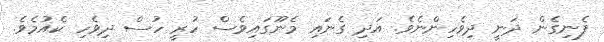
ފެނިގެން ދަނީ ދިވެހިންނެވެ. އަދި ގެނައި މެނޫގައިވެސް ހުރީ ހުސް ދިވެހި ކެއުމެވެ.